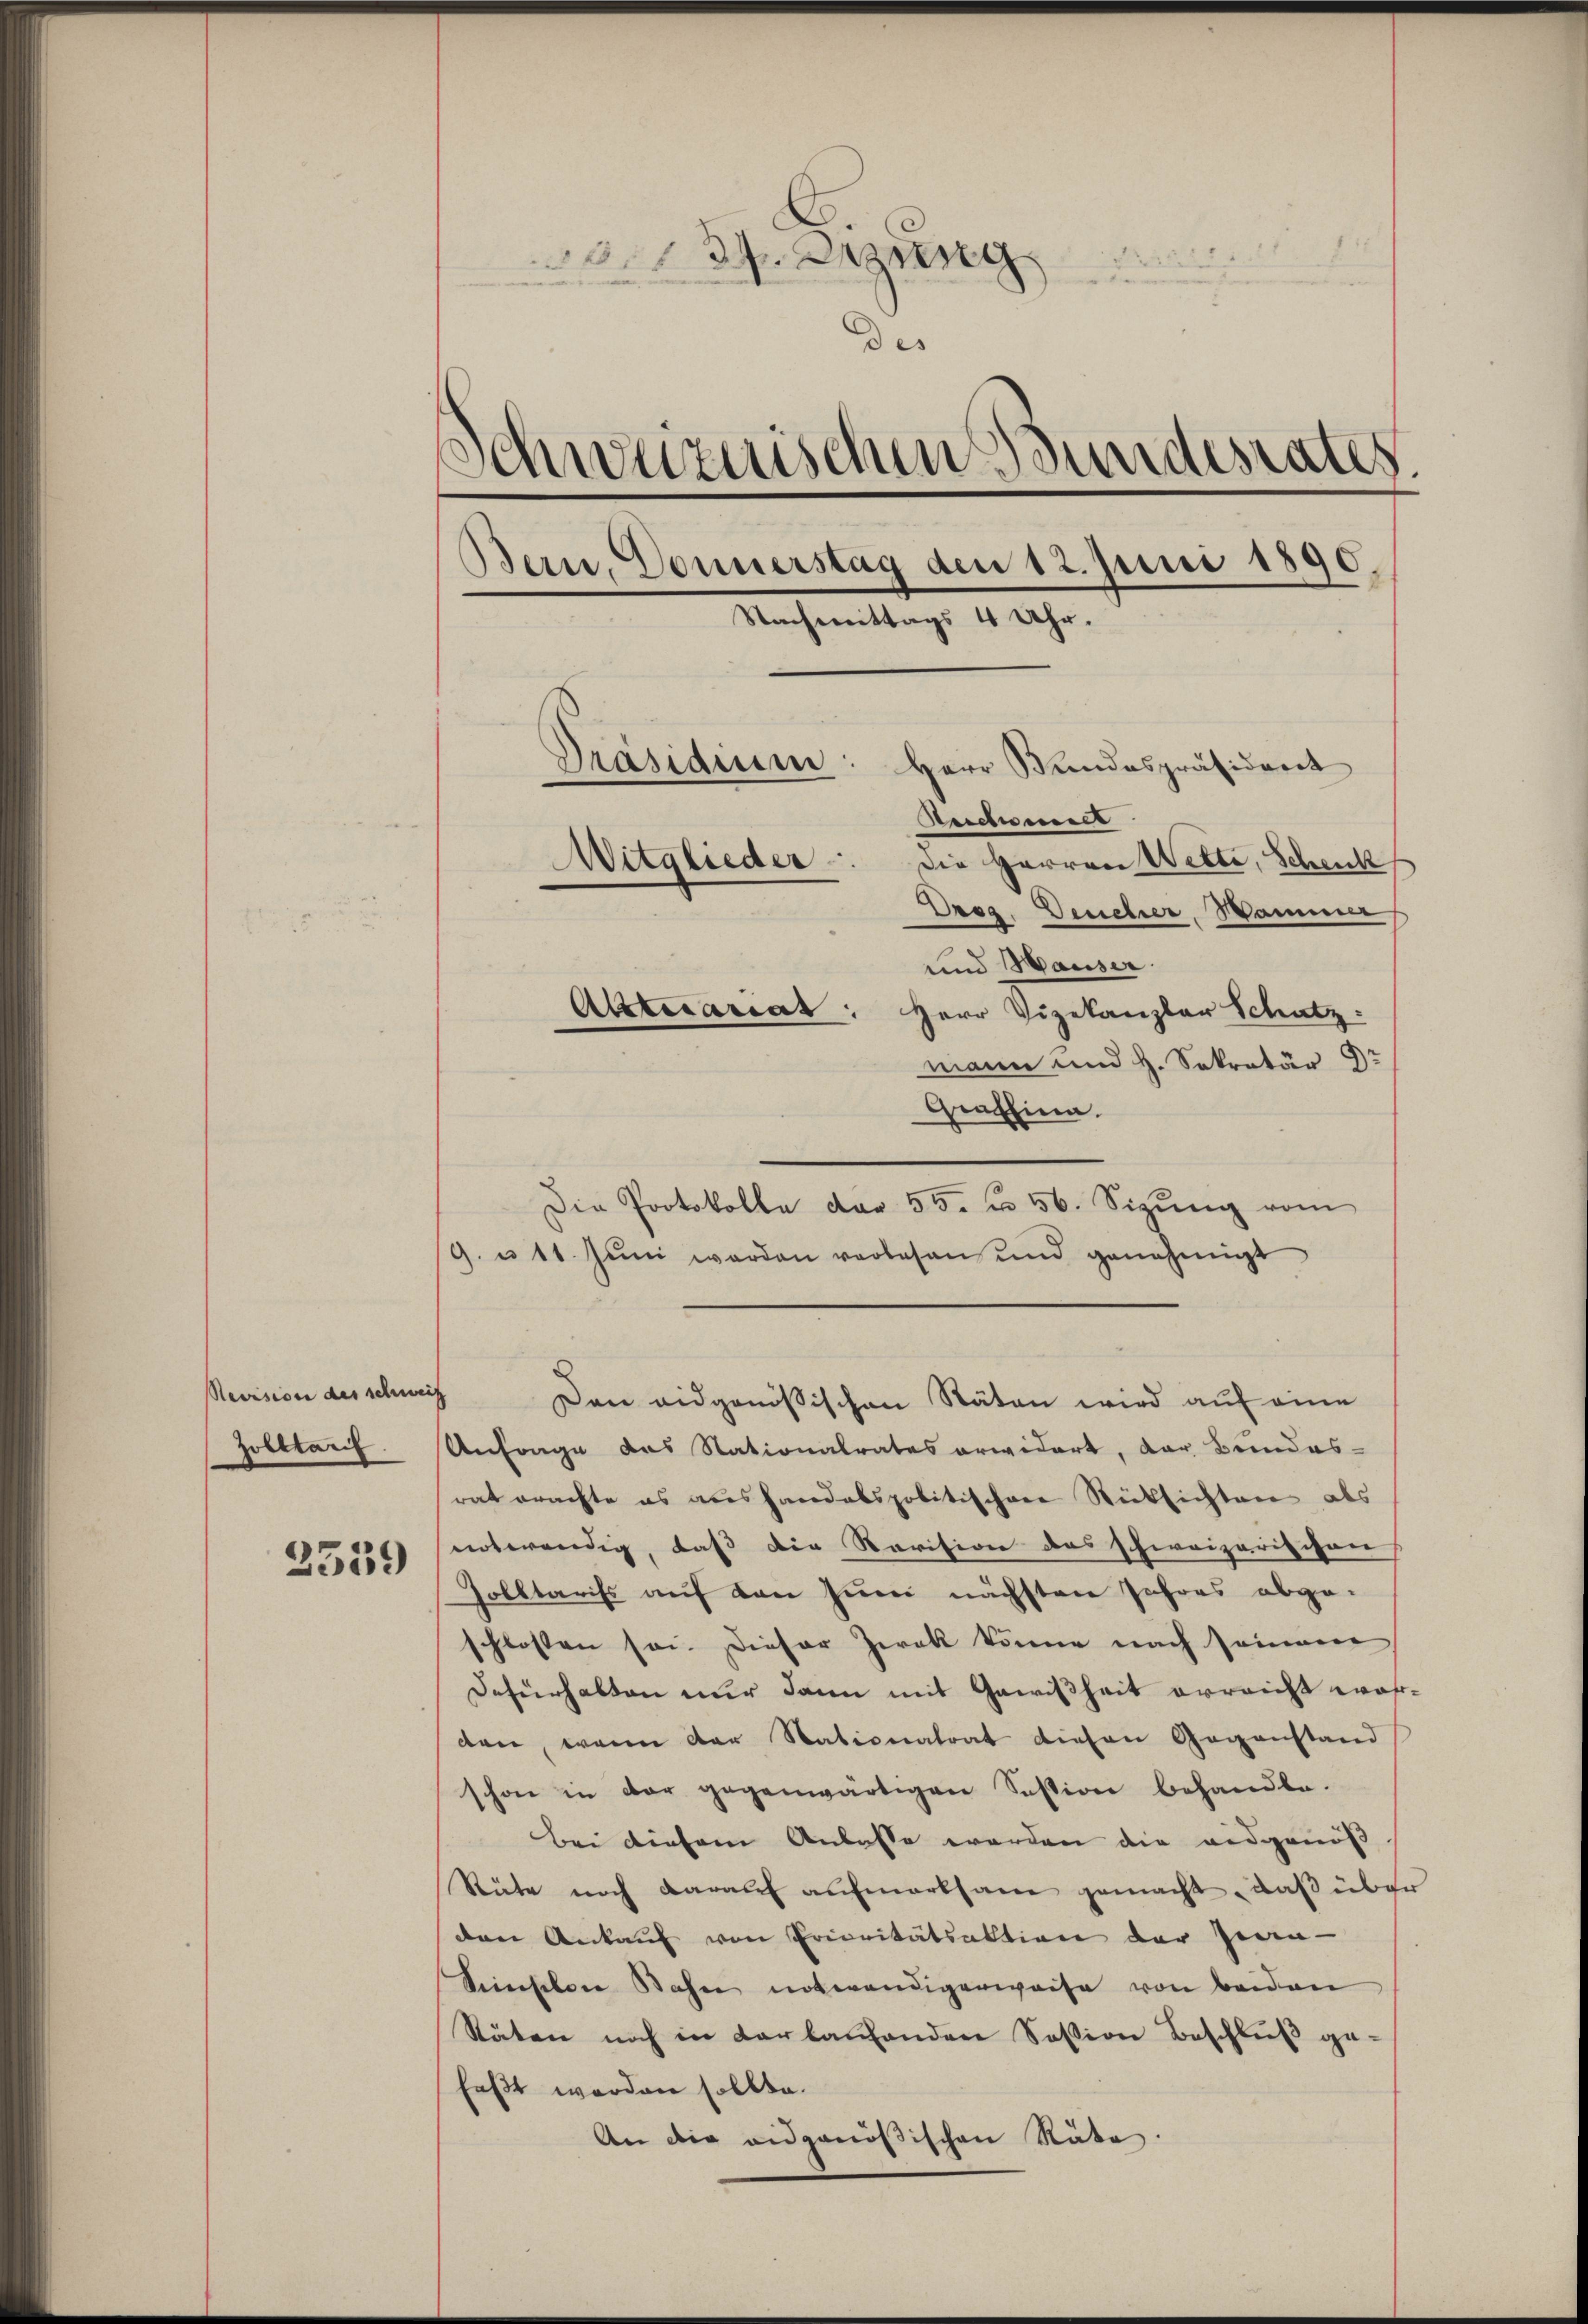
Revision des schweiz
Zolltarif

2539

34. Digung
des
Schweizerischen Bundesrates.
Bern, Donnerstag den 12. Juni 1890.
Nachmittags 4 Uhr.
Präsidium: Herr Bundespräsideret
Reichnell
die Herren Wette, Schenk
Mitglieder
Dreg. Deucher, Sammer
und Hauser.
Aktuarias: Herr Vizekanzler Schatz:
mann und H. Sekretär

Der Eina.
Die Protokolle der 55 f 56. Sizŭng vom
9. u 11. Juni werden vorlesen und genehmigt
Anfrage das Nationalrates erwidert, der Bundes-
rat erachte es aushandabspolitischen Rüksichten als
notwendig, daß die Revision des schweizerischen
Polltariss auf den Juni nächsten Jahres abge-
schlossen sei. Dieser Zwek könne nach seien,
Dafürhalten nur dann mit Gewißheit erreicht wasden, wenn der Nationatrat diesen Gegenstand
schon in der gegenwärtigen Session behandle.
Bei diesem Anlasse werden die eidgenöß
Stäte noch darauf aufmerksam gemacht, daß über
den Ankauf von Prioritätsaktion der Jean-
Senselon Bahn notwendigerweise von beiden
Stäten noch in verlaufenden Sosion Beschluß gefaßt werden sollte.
An die eidgenößischen Räte.

Den eidgenössischen Stäten wird auf eine